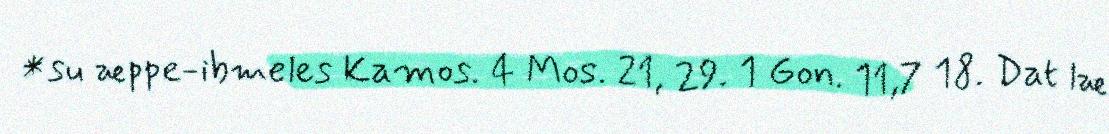
*su æppe-ibmeles Kamos. 4 Mos. 21, 29. 1 Gon. 11,7 18. Dat læ